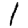
Digit: 1